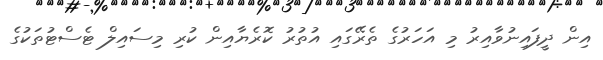
އިން ދީފައިނުވާއިރު މި އަހަރުގެ ތެރޭގައި އުތުރު ކޮރެޔާއިން ކުރި މިސައިލް ޓެސްޓުތަކުގެ